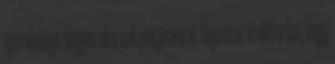
igazolványa alapján akarnak megismerni. Sajnos az is előfordul, hogy